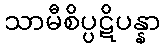
သာမီစိပ္ပဋိပန္နာ